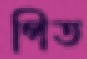
পিত